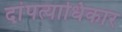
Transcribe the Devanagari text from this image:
दांपत्याधिकार